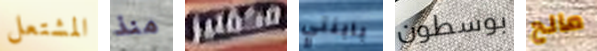
المشتعل منذ مكفتيز بابنتي بوسطون مالح